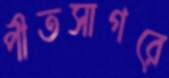
পীতসাগরে